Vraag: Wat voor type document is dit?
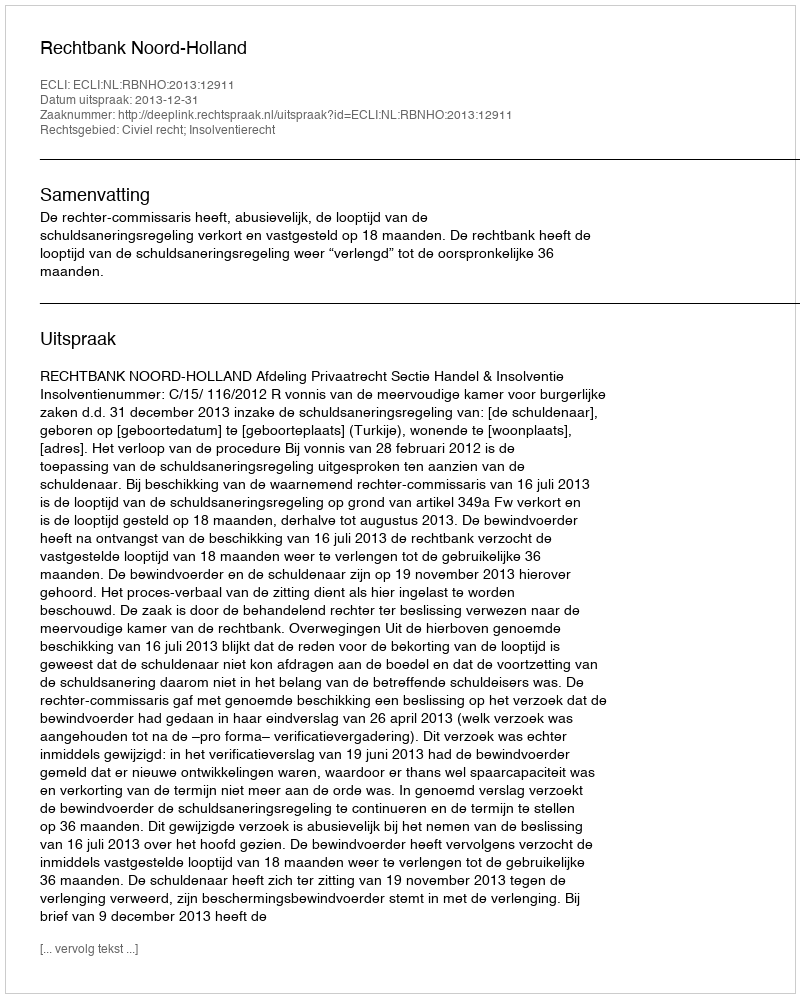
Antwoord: Uitspraak